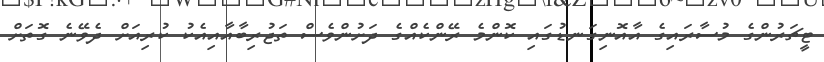
ޓީޗަރުންގެ މުސާރައިގެ އާއޮނިގަނޑުގައި ކޮންމެ ރޭންކެއްގެ ދަށުންވެސް ތަޖުރިބާއާއިއެކު ކުރިއަށް ދެވޭނެ ގޮތަށް